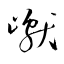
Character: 巘